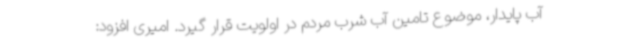
آب پایدار، موضوع تامین آب شرب مردم در اولویت قرار گیرد. امیری افزود: